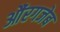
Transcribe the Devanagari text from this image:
औंरगजेब